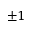
\pm 1